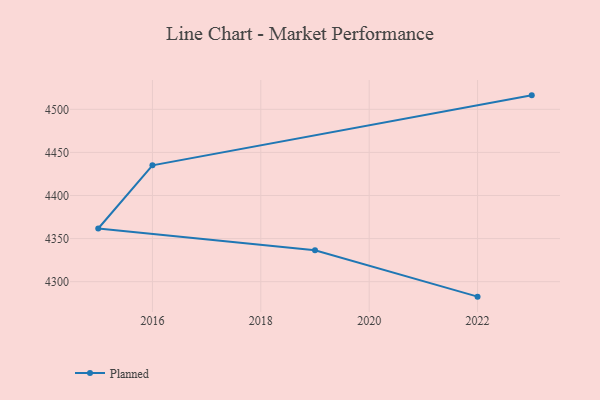
{"axis": {"x": "Year", "y": "Humidity (%)"}, "legend": ["Planned"], "data": [{"x": "2022", "y": 4282.6, "type": "Planned"}, {"x": "2019", "y": 4336.5, "type": "Planned"}, {"x": "2015", "y": 4361.7, "type": "Planned"}, {"x": "2016", "y": 4435.0, "type": "Planned"}, {"x": "2023", "y": 4516.2, "type": "Planned"}]}